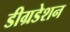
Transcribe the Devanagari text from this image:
डीग्रडेशन